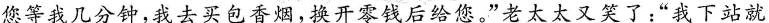
您等我几分钟，我去买包香烟，换开零钱后给您。”老太太又笑了：”我下站就